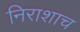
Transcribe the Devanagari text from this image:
निराशाच